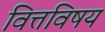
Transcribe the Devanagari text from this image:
वित्तविषय